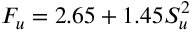
F _ { u } = 2 . 6 5 + 1 . 4 5 S _ { u } ^ { 2 }